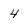
Character: 4